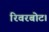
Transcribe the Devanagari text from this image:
रिवरबोट।